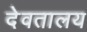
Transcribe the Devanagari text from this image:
देवतालय